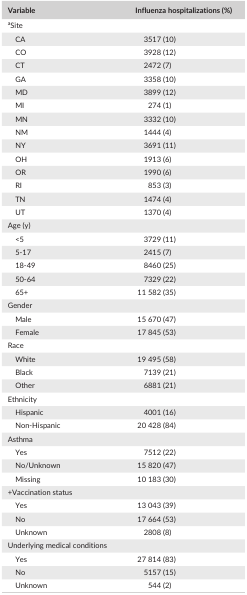
<table><thead><tr><td><b>Variable</b></td><td><b>Influenza hospitalizations (%)</b></td></tr></thead><tbody><tr><td colspan="2">aSite</td></tr><tr><td>CA</td><td>3517 (10)</td></tr><tr><td>CO</td><td>3928 (12)</td></tr><tr><td>CT</td><td>2472 (7)</td></tr><tr><td>GA</td><td>3358 (10)</td></tr><tr><td>MD</td><td>3899 (12)</td></tr><tr><td>MI</td><td>274 (1)</td></tr><tr><td>MN</td><td>3332 (10)</td></tr><tr><td>NM</td><td>1444 (4)</td></tr><tr><td>NY</td><td>3691 (11)</td></tr><tr><td>OH</td><td>1913 (6)</td></tr><tr><td>OR</td><td>1990 (6)</td></tr><tr><td>RI</td><td>853 (3)</td></tr><tr><td>TN</td><td>1474 (4)</td></tr><tr><td>UT</td><td>1370 (4)</td></tr><tr><td colspan="2">Age (y)</td></tr><tr><td>&lt;5</td><td>3729 (11)</td></tr><tr><td>5‐17</td><td>2415 (7)</td></tr><tr><td>18‐49</td><td>8460 (25)</td></tr><tr><td>50‐64</td><td>7329 (22)</td></tr><tr><td>65+</td><td>11 582 (35)</td></tr><tr><td colspan="2">Gender</td></tr><tr><td>Male</td><td>15 670 (47)</td></tr><tr><td>Female</td><td>17 845 (53)</td></tr><tr><td colspan="2">Race</td></tr><tr><td>White</td><td>19 495 (58)</td></tr><tr><td>Black</td><td>7139 (21)</td></tr><tr><td>Other</td><td>6881 (21)</td></tr><tr><td colspan="2">Ethnicity</td></tr><tr><td>Hispanic</td><td>4001 (16)</td></tr><tr><td>Non‐Hispanic</td><td>20 428 (84)</td></tr><tr><td colspan="2">Asthma</td></tr><tr><td>Yes</td><td>7512 (22)</td></tr><tr><td>No/Unknown</td><td>15 820 (47)</td></tr><tr><td>Missing</td><td>10 183 (30)</td></tr><tr><td colspan="2">+Vaccination status</td></tr><tr><td>Yes</td><td>13 043 (39)</td></tr><tr><td>No</td><td>17 664 (53)</td></tr><tr><td>Unknown</td><td>2808 (8)</td></tr><tr><td colspan="2">Underlying medical conditions</td></tr><tr><td>Yes</td><td>27 814 (83)</td></tr><tr><td>No</td><td>5157 (15)</td></tr><tr><td>Unknown</td><td>544 (2)</td></tr></tbody></table>